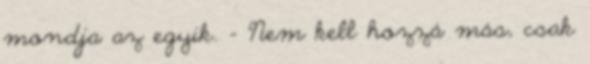
mondja az egyik. - Nem kell hozzá más, csak